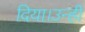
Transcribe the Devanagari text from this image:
दिया।उन्ही